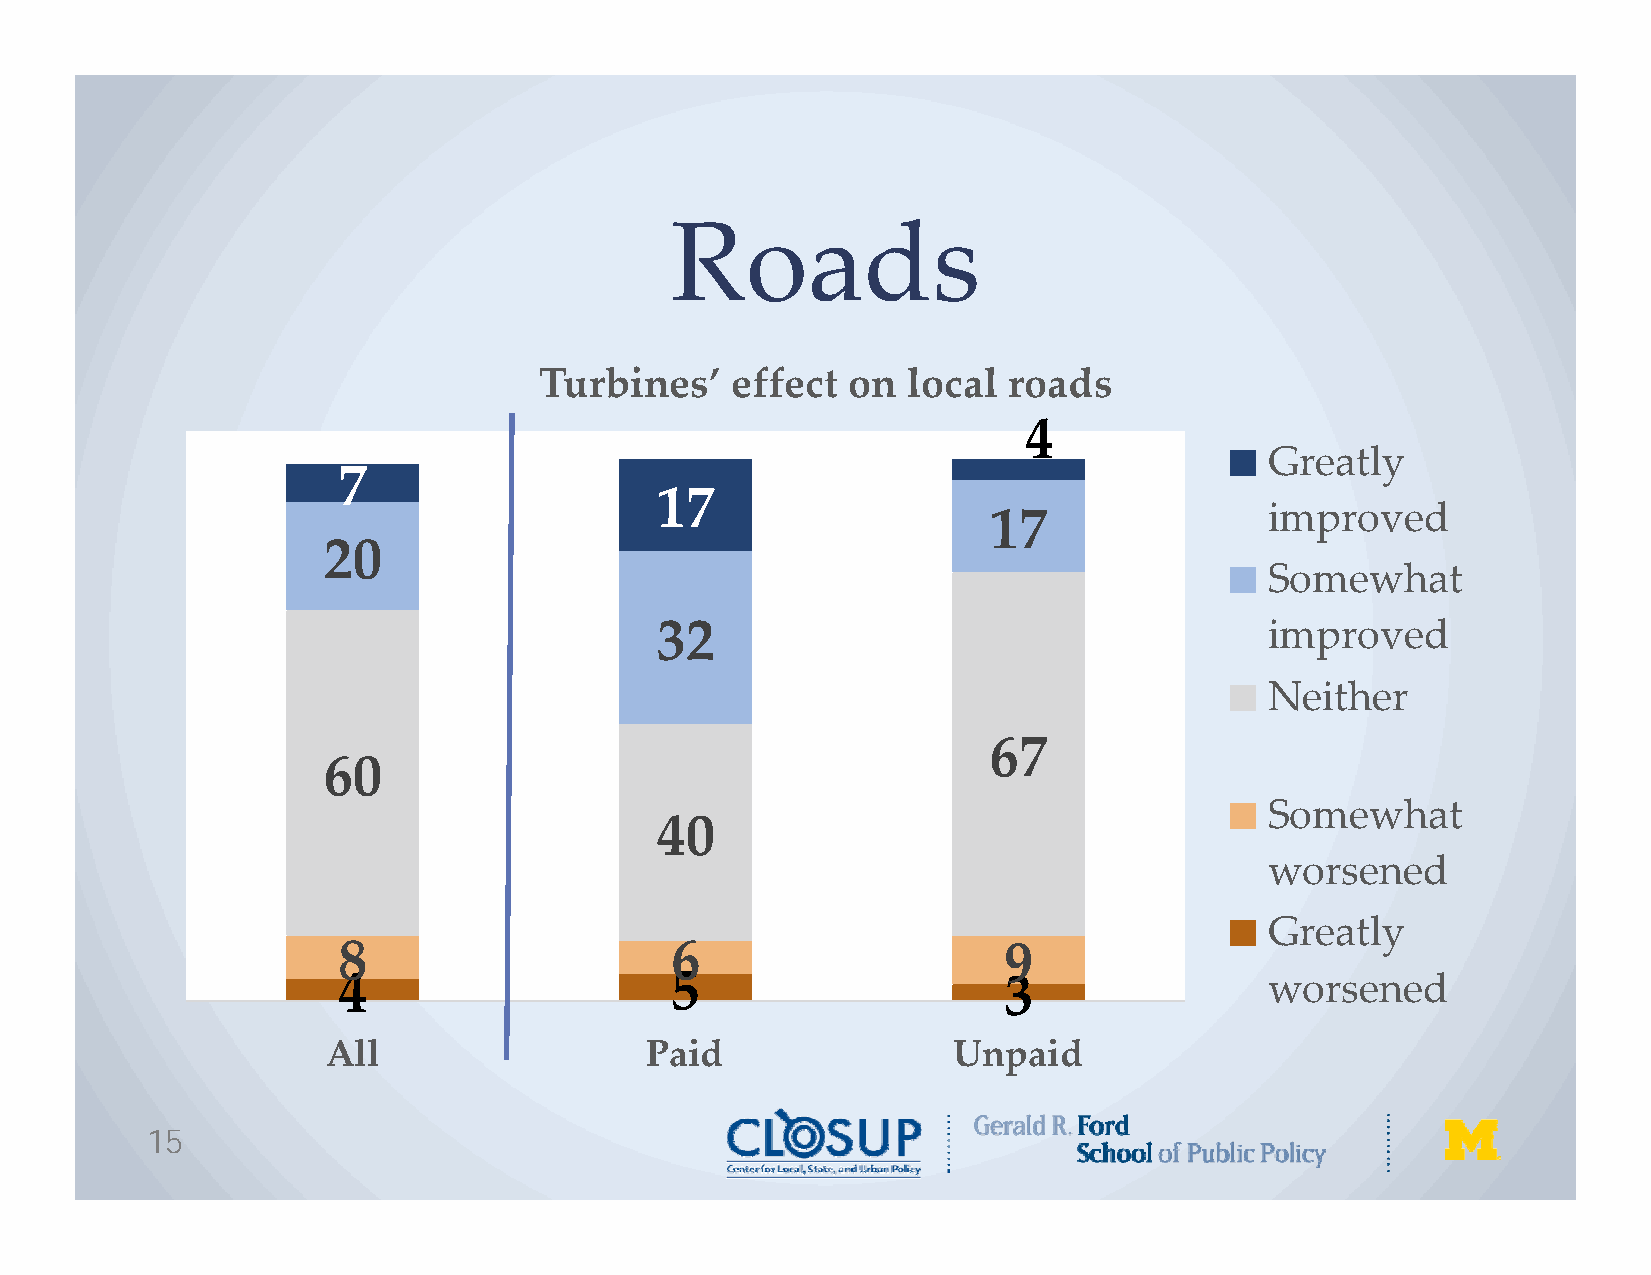
Roads
 Turbines’   effect  on  local  roads
 4
 Greatly
 7
 17
 17                 improved
 20
 Somewhat
 32                                       improved
 Neither
 67
 60
 Somewhat
 40
 worsened
 Greatly
 8                     6                     9
 4                     5                     3                 worsened
 All                  Paid                Unpaid
 15